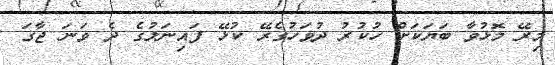
މިރޭ މޮޅުވާ ބަޔަކަށް ހުކުރު ދުވަހުގެރޭ ކުޅޭ ފައިނަލުގެ ދެ ވަނަ ޖާގަ